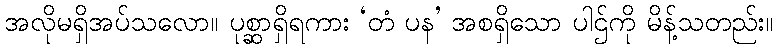
အလိုမရှိအပ်သလော။ ပုစ္ဆာရှိရကား ‘တံ ပန’ အစရှိသော ပါဌ်ကို မိန့်သတည်း။